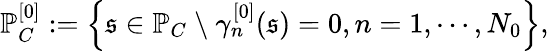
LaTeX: \mathbb{P}_{C}^{[0]}:=\left\{ \mathfrak{s}\in\mathbb{P}_{C}\ \backslash\ \gamma_{n}^{[0]}(\mathfrak{s})=0,n=1,\cdots,N_{0}\right\} ,